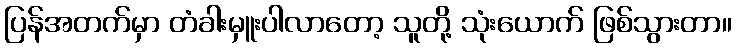
ပြန်အတက်မှာ တံခါးမှူးပါလာတော့ သူတို့ သုံးယောက် ဖြစ်သွားတာ။